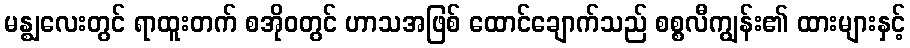
မန္ဈလေးတွင် ရာထူးတက် စအိုဝတွင် ဟာသအဖြစ် ထောင်ချောက်သည် စစ္စလီကျွန်း၏ ထားများနှင့်